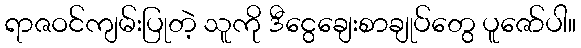
ရာဇဝင်ကျမ်းပြုတဲ့ သူကို ဒီငွေချေးစာချုပ်တွေ ပူဇော်ပါ။